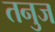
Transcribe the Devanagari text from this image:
तनुज